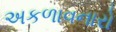
અકળાવનારો